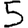
Digit: 5